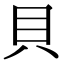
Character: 貝